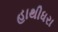
હાથીધરા